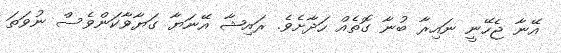
އޭނާ ޖެހޭނީ ނައިރާ ބުނާ ގޮތެއް ހަދާށެވެ. ރައިޝާ އޭނަޔާ ގަޔާވާކަންވެސް ނުވަތަ